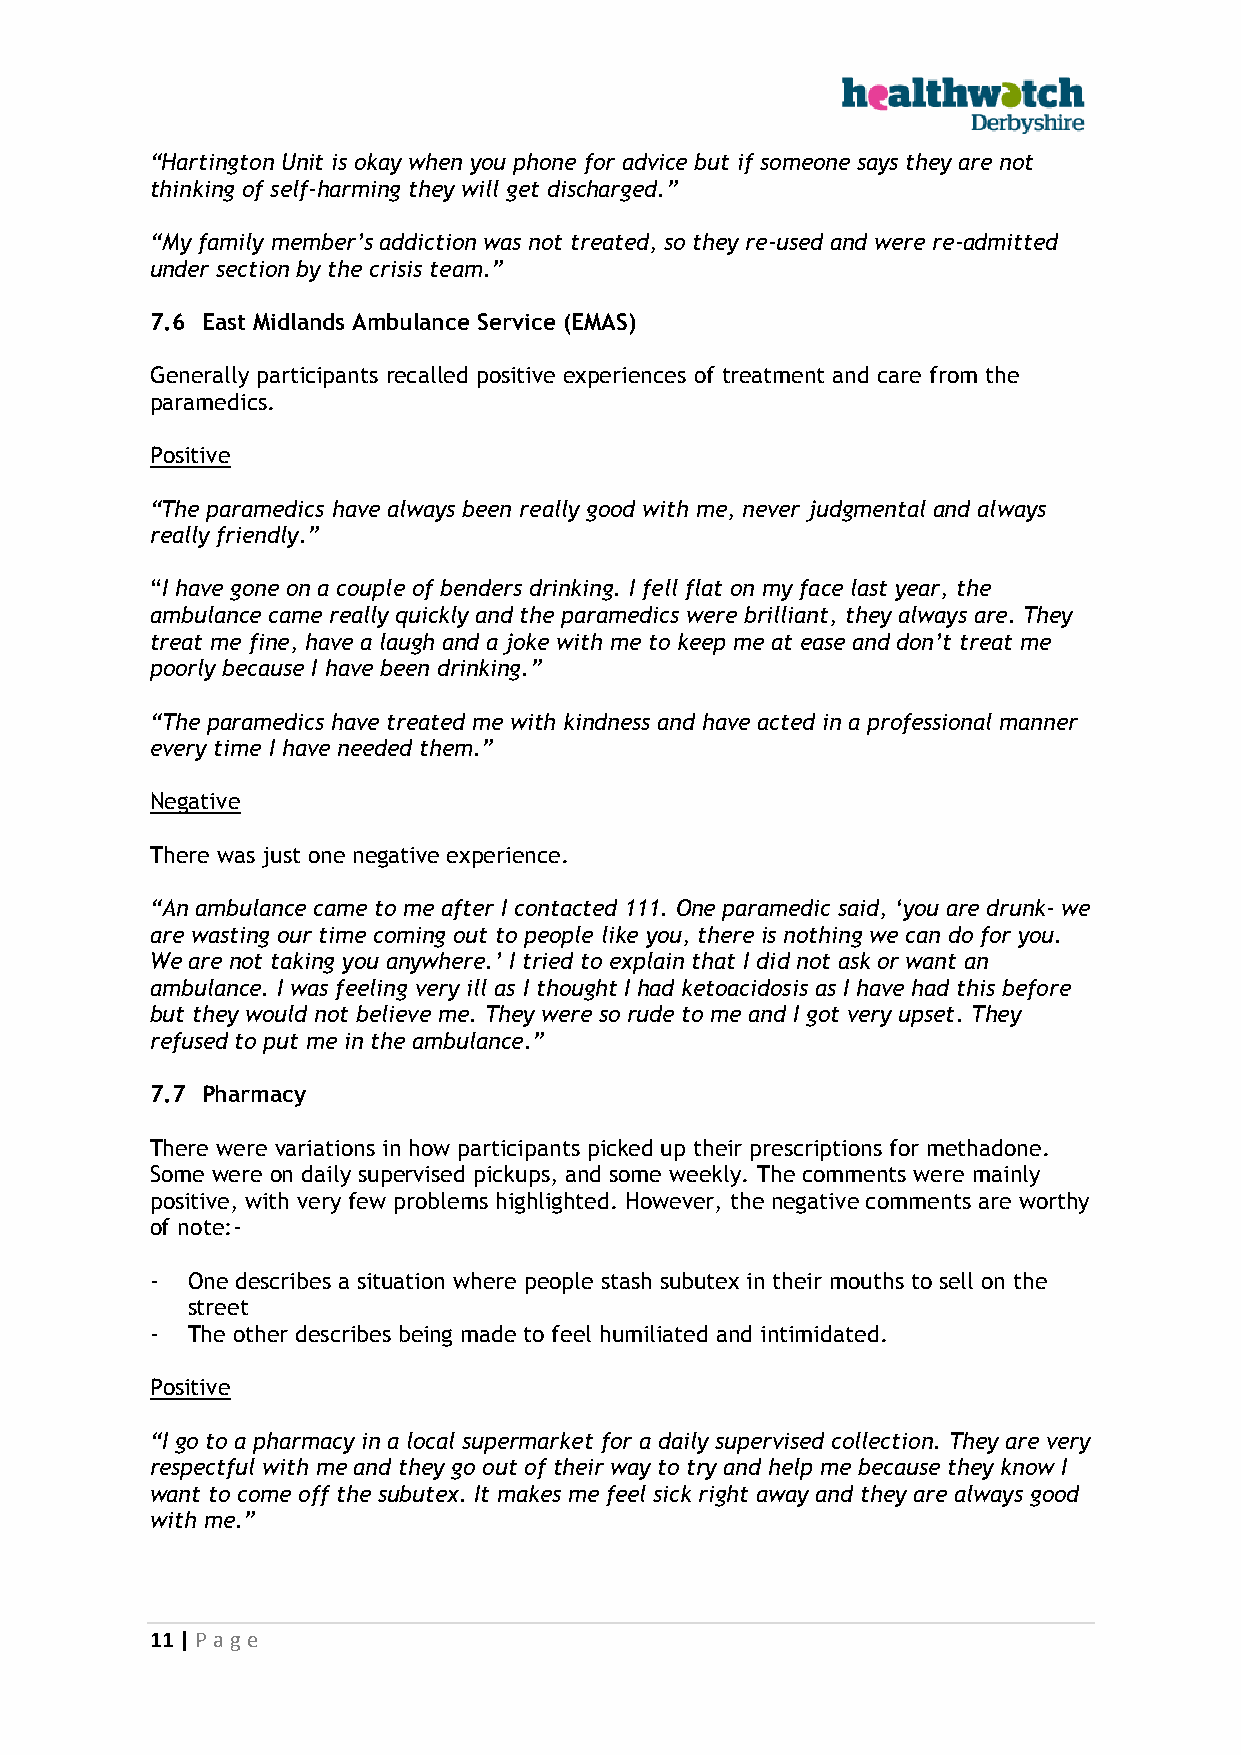
“Hartington Unit is okay when you phone for advice but if someone says they are not
 thinking of self-harming they will get discharged.”
 “My family member’s addiction was not treated, so they re-used and were re-admitted
 under section by the crisis team.”
 7.6 East Midlands Ambulance Service (EMAS)
 Generally participants recalled positive experiences of treatment and care from the
 paramedics.
 Positive
 “The paramedics have always been really good with me, never judgmental and always
 really friendly.”
 “I have gone on a couple of benders drinking. I fell flat on my face last year, the
 ambulance came really quickly and the paramedics were brilliant, they always are. They
 treat me fine, have a laugh and a joke with me to keep me at ease and don’t treat me
 poorly because I have been drinking.”
 “The paramedics have treated me with kindness and have acted in a professional manner
 every time I have needed them.”
 Negative
 There was just one negative experience.
 “An ambulance came to me after I contacted 111. One paramedic said, ‘you are drunk- we
 are wasting our time coming out to people like you, there is nothing we can do for you.
 We are not taking you anywhere.’ I tried to explain that I did not ask or want an
 ambulance. I was feeling very ill as I thought I had ketoacidosis as I have had this before
 but they would not believe me. They were so rude to me and I got very upset. They
 refused to put me in the ambulance.”
 7.7 Pharmacy
 There were variations in how participants picked up their prescriptions for methadone.
 Some were on daily supervised pickups, and some weekly. The comments were mainly
 positive, with very few problems highlighted. However, the negative comments are worthy
 of note:-
 - One describes a situation where people stash subutex in their mouths to sell on the
 street
 - The other describes being made to feel humiliated and intimidated.
 Positive
 “I go to a pharmacy in a local supermarket for a daily supervised collection. They are very
 respectful with me and they go out of their way to try and help me because they know I
 want to come off the subutex. It makes me feel sick right away and they are always good
 with me.”
 11 | P age